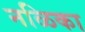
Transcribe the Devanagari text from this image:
नळिका